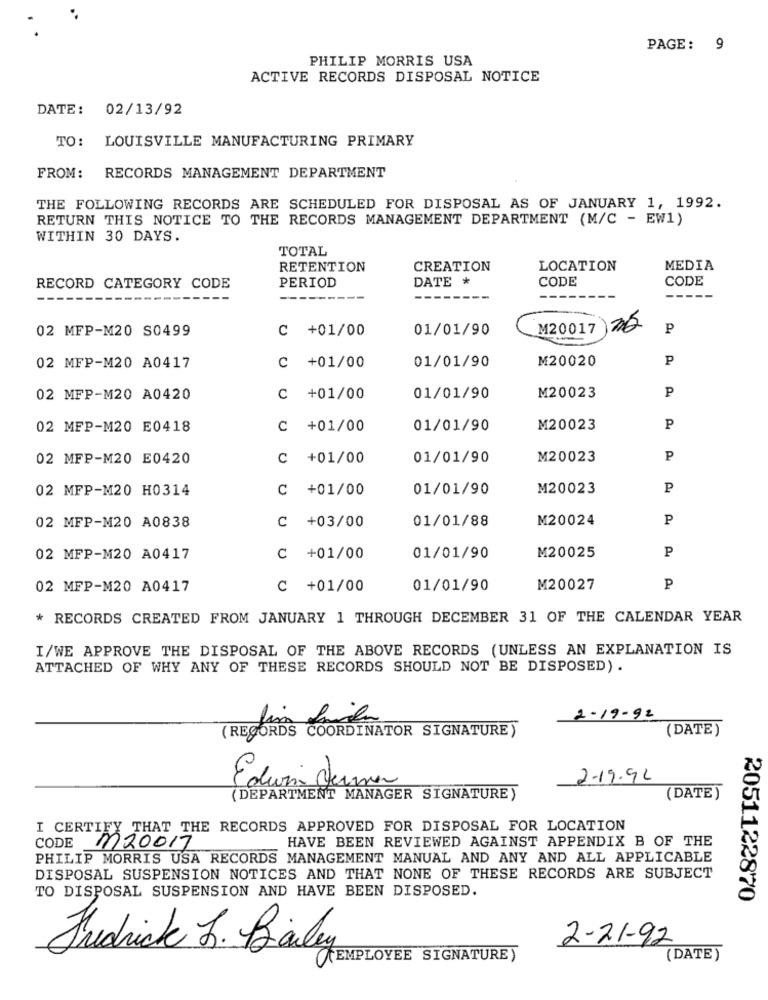
PAGE :
9
PHILIP MORRIS USA
ACTIVE RECORDS DISPOSAL NOTICE
DATE: 02/13/92
TO: LOUISVILLE MANUFACTURING PRIMARY
FROM: RECORDS MANAGEMENT DEPARTMENT
THE FOLLOWING RECORDS ARE SCHEDULED FOR DISPOSAL AS OF JANUARY 1, 1992.
RETURN THIS NOTICE TO THE RECORDS MANAGEMENT DEPARTMENT (M/C - EW1)
WITHIN 30 DAYS.
TOTAL
RETENTION
CREATION
LOCATION
MEDIA
PERIOD
DATE *
CODE
CODE
RECORD CATEGORY CODE
02 MFP-M20 S0499
C +01/00
01/01/90
M20017
P
M20020
P
02 MFP-M20 A0417
C +01/00
01/01/90
P
02 MFP-M20 A0420
C +01/00
01/01/90
M20023
02 MFP-M20 E0418
C +01/00
01/01/90
M20023
P
02 MFP-M20 E0420
C +01/00
01/01/90
M20023
P
02 MFP-M20 H0314
C +01/00
01/01/90
M20023
P
02 MFP-M20 A0838
01/01/88
M20024
P
C +03/00
M20025
P
02 MFP-M20 A0417
C +01/00
01/01/90
02 MFP-M20 A0417
C +01/00
01/01/90
M20027
P
* RECORDS CREATED FROM JANUARY 1 THROUGH DECEMBER 31 OF THE CALENDAR YEAR
I/WE APPROVE THE DISPOSAL OF THE ABOVE RECORDS (UNLESS AN EXPLANATION IS
ATTACHED OF WHY ANY OF THESE RECORDS SHOULD NOT BE DISPOSED) .
2-19-92
(DATE)
(RECORDS COORDINATOR SIGNATURE)
2-19.92
Edwin de
(DEPARTMENT MANAGER SIGNATURE)
(DATE)
I CERTIFY THAT THE RECORDS APPROVED FOR DISPOSAL FOR LOCATION
CODE
HAVE BEEN REVIEWED AGAINST APPENDIX B OF THE
M20017
PHILIP MORRIS USA RECORDS MANAGEMENT MANUAL AND ANY AND ALL APPLICABLE
DISPOSAL SUSPENSION NOTICES AND THAT NONE OF THESE RECORDS ARE SUBJECT
TO DISPOSAL SUSPENSION AND HAVE BEEN DISPOSED.
2051122870
2-21-92
Fredrick J. Bailey
(((EMPLOYEE SIGNATURE)
(DATE)